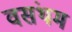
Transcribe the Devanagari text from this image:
वसंथम